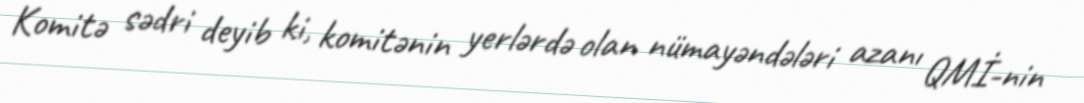
Komitə sədri deyib ki, komitənin yerlərdə olan nümayəndələri azanı QMİ-nin